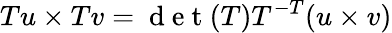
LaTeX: Tu\times Tv=\mathrm{~d~e~t~}(T)T^{-T}(u\times v)